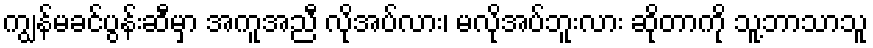
ကျွန်မခင်ပွန်းဆီမှာ အကူအညီ လိုအပ်လား၊ မလိုအပ်ဘူးလား ဆိုတာကို သူ့ဘာသာသူ